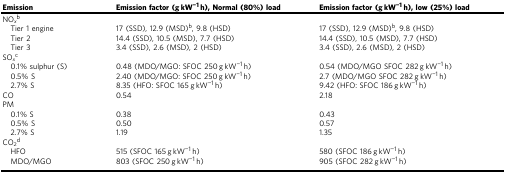
<table><thead><tr><td><b>Emission</b></td><td><b>Emission factor (g kW<sup>−1</sup> h), Normal (80%) load</b></td><td><b>Emission factor (g kW<sup>−1</sup> h), low (25%) load</b></td></tr></thead><tbody><tr><td>NO<sub><i>x</i></sub><sup>b</sup></td><td></td><td></td></tr><tr><td> Tier 1 engine</td><td>17 (SSD), 12.9 (MSD)<sup>b</sup>, 9.8 (HSD)</td><td>17 (SSD), 12.9 (MSD)<sup>b</sup>, 9.8 (HSD)</td></tr><tr><td> Tier 2</td><td>14.4 (SSD), 10.5 (MSD), 7.7 (HSD)</td><td>14.4 (SSD), 10.5 (MSD), 7.7 (HSD)</td></tr><tr><td> Tier 3</td><td>3.4 (SSD), 2.6 (MSD), 2 (HSD)</td><td>3.4 (SSD), 2.6 (MSD), 2 (HSD)</td></tr><tr><td>SO<sub><i>x</i></sub><sup>c</sup></td><td></td><td></td></tr><tr><td> 0.1% sulphur (S)</td><td>0.48 (MDO/MGO: SFOC 250 g kW<sup>−1</sup> h)</td><td>0.54 (MDO/MGO SFOC 282 g kW<sup>−1</sup> h)</td></tr><tr><td> 0.5% S</td><td>2.40 (MDO/MGO: SFOC 250 g kW<sup>−1</sup> h)</td><td>2.7 (MDO/MGO SFOC 282 g kW<sup>−1</sup> h)</td></tr><tr><td> 2.7% S</td><td>8.35 (HFO: SFOC 165 g kW<sup>−1</sup> h)</td><td>9.42 (HFO: SFOC 186 g kW<sup>−1</sup> h)</td></tr><tr><td>CO</td><td>0.54</td><td>2.18</td></tr><tr><td>PM</td><td></td><td></td></tr><tr><td> 0.1% S</td><td>0.38</td><td>0.43</td></tr><tr><td> 0.5% S</td><td>0.50</td><td>0.57</td></tr><tr><td> 2.7% S</td><td>1.19</td><td>1.35</td></tr><tr><td>CO<sub>2</sub><sup>d</sup></td><td></td><td></td></tr><tr><td> HFO</td><td>515 (SFOC 165 g kW<sup>−1</sup> h)</td><td>580 (SFOC 186 g kW<sup>−1</sup> h)</td></tr><tr><td> MDO/MGO</td><td>803 (SFOC 250 g kW<sup>−1</sup> h)</td><td>905 (SFOC 282 g kW<sup>−1</sup> h)</td></tr></tbody></table>